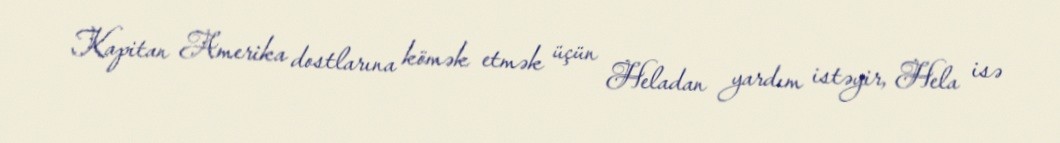
Kapitan Amerika dostlarına kömək etmək üçün Heladan yardım istəyir, Hela isə